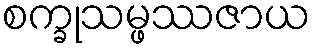
စက္ခုသမ္ဖဿဇာယ